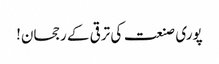
پوری صنعت کی ترقی کے رجحان!